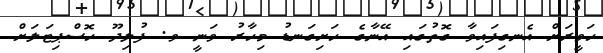
ހަވީރަށް އެނގިފައިވާ ގޮތުގައި އޭނާގެ ހަށިގަނޑު މިހާރު ވަނީ ވ. ފުލިދޫ ހޮސްޕިޓަލަށް